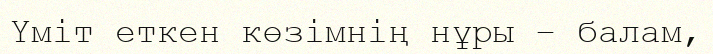
Үміт еткен көзімнің нұры – балам,